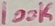
Text: 100K